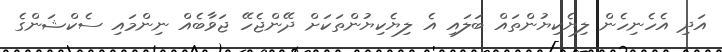
އަދި އެހެނިހެން ލިޔެކިޔުންތައް ބަލައި އެ ލިޔެކިޔުންތަކަށް ދޭންޖެހޭ ޖަވާބެއް ނިންމައި ސެކްޝަންގެ